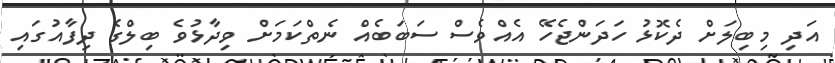
އަދި މިބިލަށް ދެކޮޅު ހަދަންޖެހޭ އެއްވެސް ސަބަބެއް ނެތްކަމަށް ވިދާޅުވެ ބިލްގެ ދިފާއުގައި